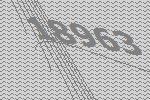
18963